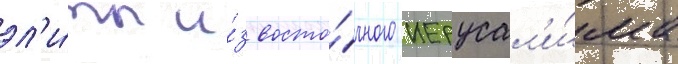
эл'и́ты и́з восто́чного иерусал'и́ма